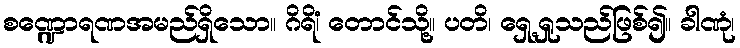
စဏ္ဍောရဏအမည်ရှိသော။ ဂိရိံ၊ တောင်သို့။ ပတိ၊ ရှေ့ရှုသည်ဖြစ်၍။ ခါဏုံ၊